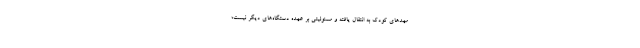
مهدهای کودک به انتقال یافته و مسئولیتی بر عهده دستگاه‌های دیگر نیست؛